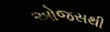
ઓજસથી